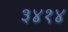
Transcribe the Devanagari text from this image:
३४१४